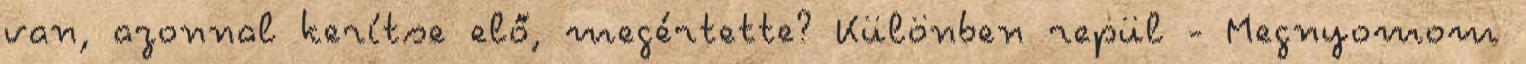
van, azonnal kerítse elő, megértette? Különben repül - Megnyomom